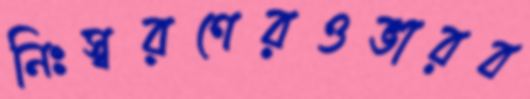
নিঃস্বরণেরওভারব